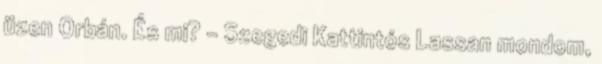
üzen Orbán. És mi? - Szegedi Kattintós Lassan mondom,